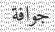
جوافة